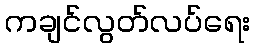
ကချင်လွတ်လပ်ရေး